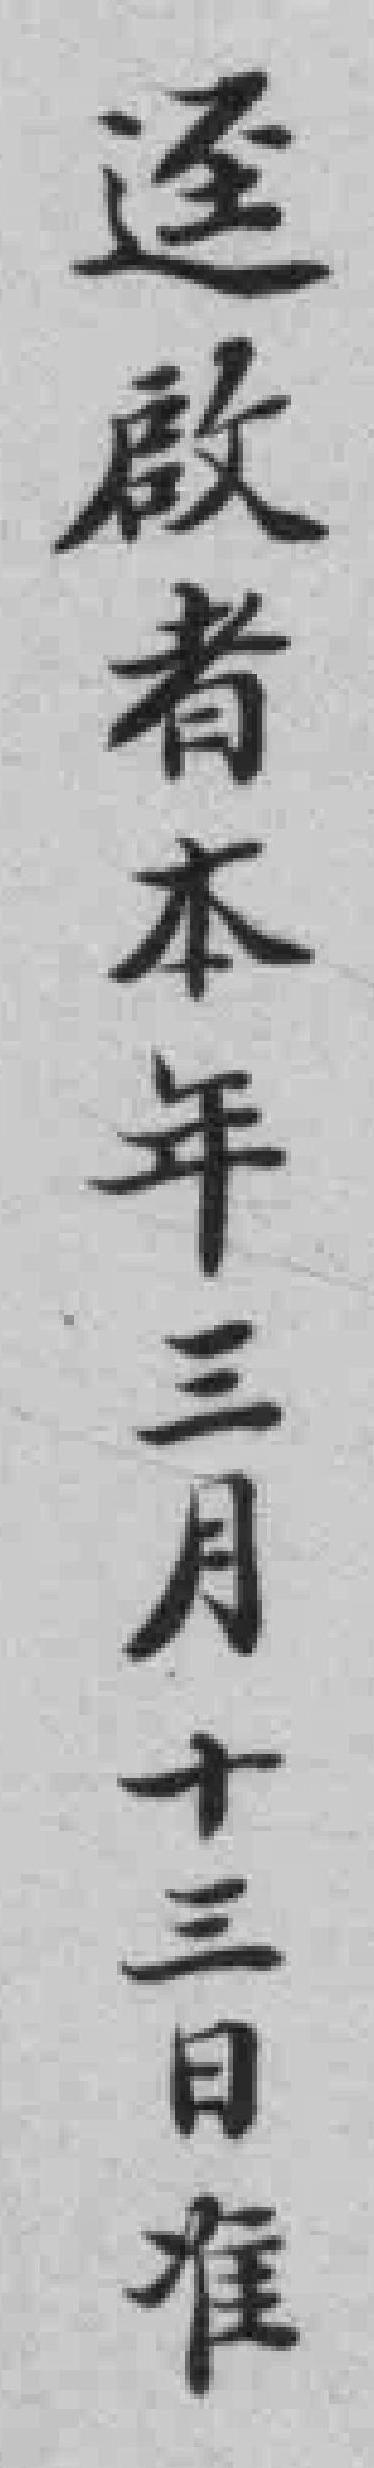
迳啟者本年三月十三日准